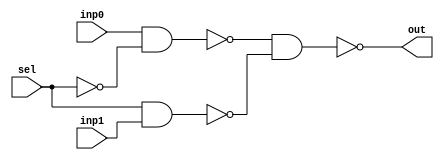
module mux2to1( inp0, inp1, sel, out);

	input inp0, inp1, sel;
	output out;

	wire [2:0] w;
	not not_1(w[0], sel);
	nand (w[1], inp0, w[0]);
	nand (w[2], sel, inp1);
	nand (out, w[1], w[2]);

endmodule